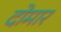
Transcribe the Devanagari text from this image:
दोमार